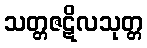
သတ္တဇဋိလသုတ္တ